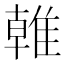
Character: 𨿨